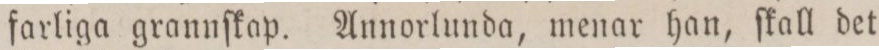
farliga grannſkap. Annorlunda, menar han, ſkall det